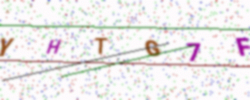
Text: YHTG7F